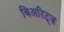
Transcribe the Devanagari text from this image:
बिअरिट्ज़